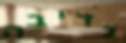
נדיבה